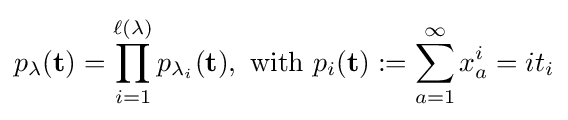
p_{\lambda }(\mathbf {t} )=\prod _{i=1}^{\ell (\lambda )}p_{\lambda _{i}}(\mathbf {t} ),\ {\text{with}}\ p_{i}(\mathbf {t} ):=\sum _{a=1}^{\infty }x_{a}^{i}=it_{i}